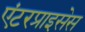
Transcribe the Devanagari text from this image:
एंटरप्राइसेस